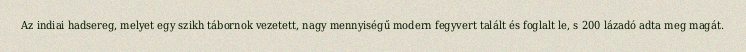
Az indiai hadsereg, melyet egy szikh tábornok vezetett, nagy mennyiségű modern fegyvert talált és foglalt le, s 200 lázadó adta meg magát.